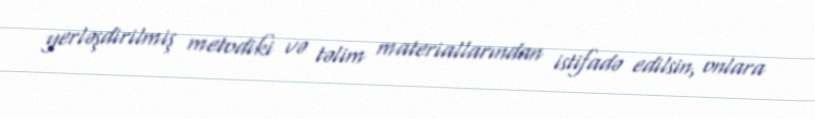
yerləşdirilmiş metodiki və təlim materiallarından istifadə edilsin, onlara